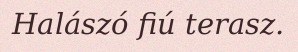
Halászó fiú terasz.